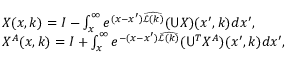
\begin{array} { r l } & { X ( x , k ) = I - \int _ { x } ^ { \infty } e ^ { ( x - x ^ { \prime } ) \widehat { \mathcal { L } ( k ) } } ( \mathsf { U } X ) ( x ^ { \prime } , k ) d x ^ { \prime } , } \\ & { X ^ { A } ( x , k ) = I + \int _ { x } ^ { \infty } e ^ { - ( x - x ^ { \prime } ) \widehat { \mathcal { L } ( k ) } } ( \mathsf { U } ^ { T } X ^ { A } ) ( x ^ { \prime } , k ) d x ^ { \prime } , } \end{array}